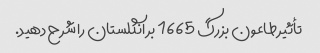
تأثیر طاعون بزرگ 1665 بر انگلستان را شرح دهید.